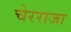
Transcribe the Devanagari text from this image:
चेरराजा